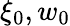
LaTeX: \xi_{0},w_{0}